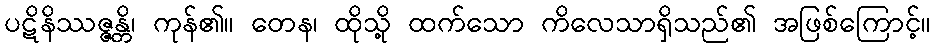
ပဋိနိဿဇ္ဇန္တိ၊ ကုန်၏။ တေန၊ ထိုသို့ ထက်သော ကိလေသာရှိသည်၏ အဖြစ်ကြောင့်။